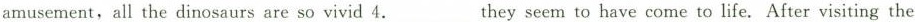
amusement,all the dinosaurs are so vivid 4.___They seem to have come to life. After visiting the